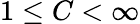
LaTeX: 1\leq C<\infty